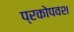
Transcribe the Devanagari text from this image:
प्रकोपवश